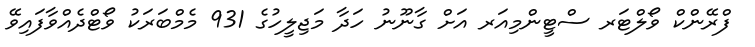
ފްރޭންކް ވޯލްޓަރ ސްޓީންމިއަރ އަށް ގާނޫނު ހަދާ މަޖިލީހުގެ 931 މެމްބަރަކު ވޯޓްދެއްވާފައިވޭ